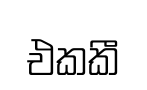
එකකී